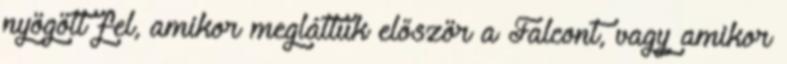
nyögött fel, amikor megláttuk először a Falcont, vagy amikor